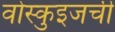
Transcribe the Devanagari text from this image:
वोस्कुइजची